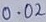
Text: 0.0Ω